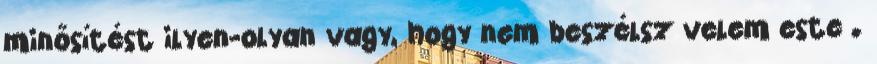
minősítést ilyen-olyan vagy, hogy nem beszélsz velem este .